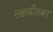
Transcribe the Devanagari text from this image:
लहवीतकर